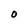
Character: O